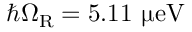
\hbar \Omega _ { \mathrm { R } } = 5 . 1 1 ~ \upmu \mathrm { e V }